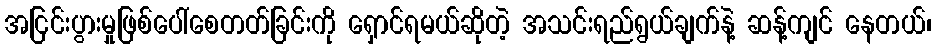
အငြင်းပွားမှုဖြစ်ပေါ်စေတတ်ခြင်းကို ရှောင်ရမယ်ဆိုတဲ့ အသင်းရည်ရွယ်ချက်နဲ့ ဆန့်ကျင် နေတယ်၊